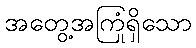
အတွေ့အကြုံရှိသော